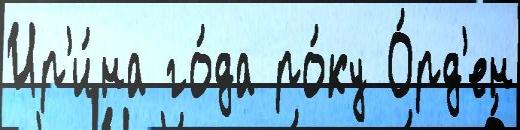
Ир'и́на го́да ро́ку О́рд'ен